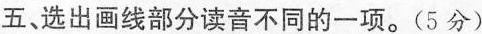
五、选出画线部分读音不同的一项。(5分)